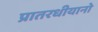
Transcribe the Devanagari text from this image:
प्रातरधीयानो